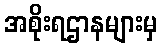
အစိုးရဌာနများမှ